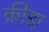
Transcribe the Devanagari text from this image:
क्री़डा़